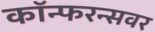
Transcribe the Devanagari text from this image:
कॉन्फरन्सवर